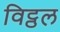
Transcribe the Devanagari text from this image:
विट्ठल